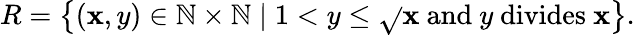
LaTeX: R=\left\{ (\mathbf{x},y)\in\mathbb{{N}}\times\mathbb{{N}}\mid1<y\leq{\sqrt{}{{\mathbf{x}}}}{\mathrm{{~and~}}}y{\mathrm{{~divides~}}}\mathbf{x}\right\} .